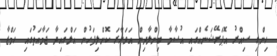
ހިންގި ސިއްރު އޮޕަރޭޝަނެއްގައި އުސާމާ ބިންލާދިން އަވަހާރަ ކޮށްލިފަހުން އަލްގައިދާ ޖަމާއަތުގައި ހަމްޒާ